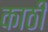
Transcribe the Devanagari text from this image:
काठी